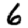
Digit: 6